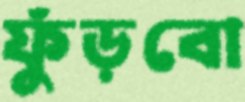
ফুঁড়বো